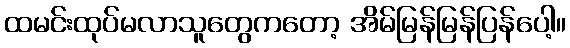
ထမင်းထုပ်မလာသူတွေကတော့ အိမ်မြန်မြန်ပြန်ပေါ့။